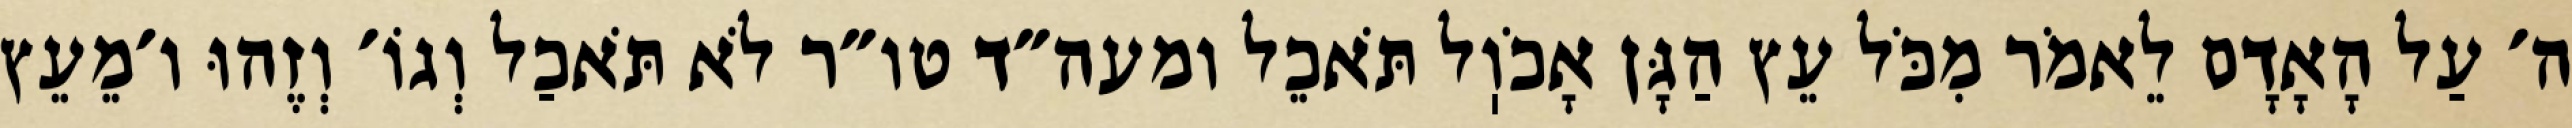
ה׳ עַל הָאָדָם לֵאמֹר מִכֹּל עֵץ הַגָּן אָכֹוֽל תֹּאכֵל ומעה״ד טו״ר לֹא תֹּאכַל וְגוֹ׳ וְזֶהוּ ו׳מֵעֵץ